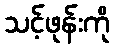
သင့်ဖုန်းကို